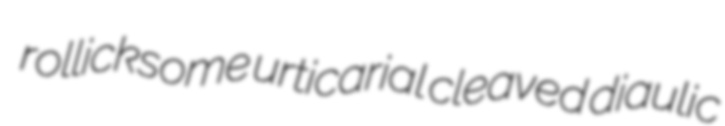
rollicksome urticarial cleaved diaulic